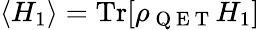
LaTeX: \langle H_{1}\rangle=\mathrm{Tr}[\rho_{\mathrm{~Q~E~T~}}H_{1}]